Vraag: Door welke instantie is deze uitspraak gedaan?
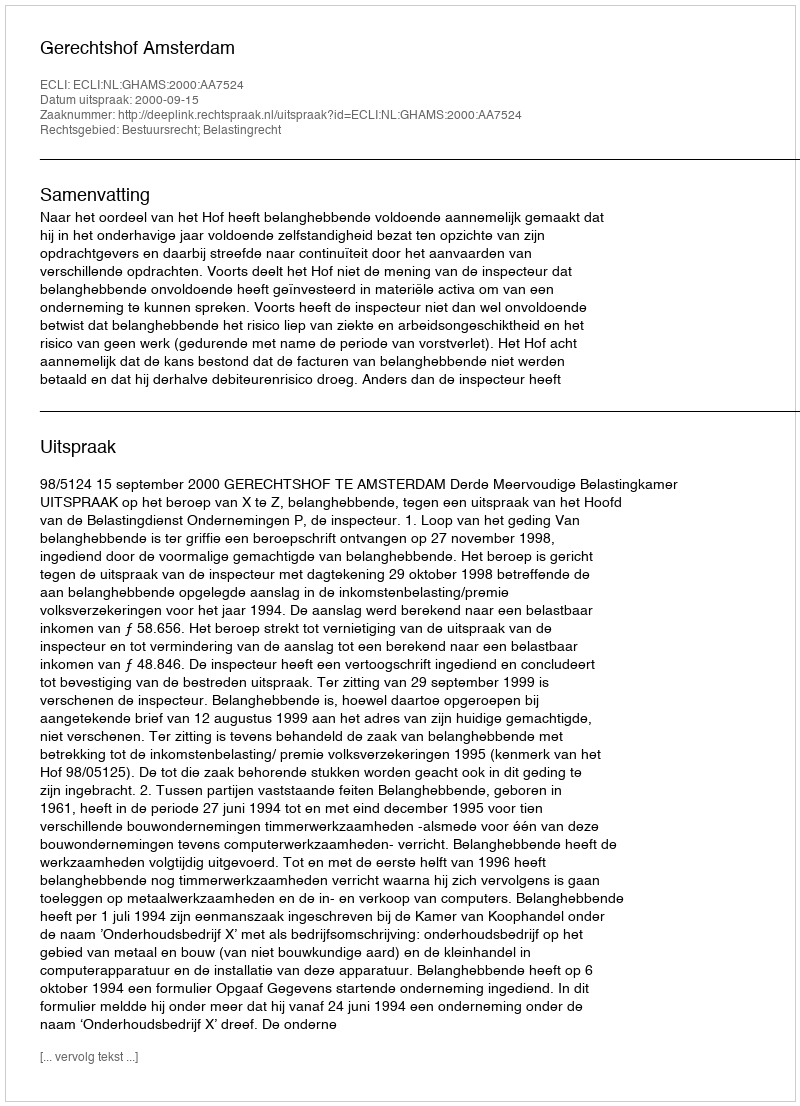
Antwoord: Gerechtshof Amsterdam